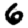
Digit: 6